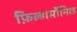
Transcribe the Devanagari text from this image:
फ़िल्हार्मोनिक